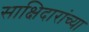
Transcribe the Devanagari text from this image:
साक्षिदारांच्या